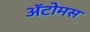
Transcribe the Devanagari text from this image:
अॅटोमस